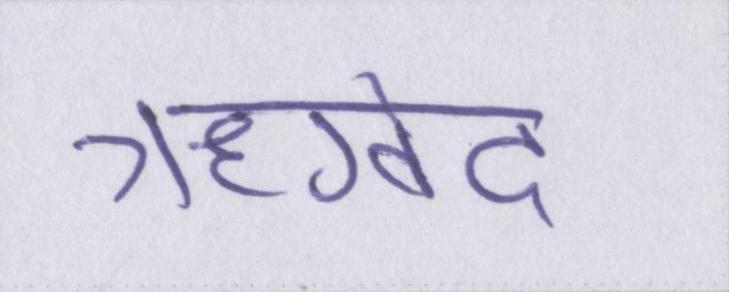
ऋग्वेद